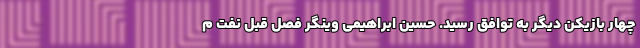
چهار بازیکن دیگر به توافق رسید. حسین ابراهیمی وینگر فصل قبل نفت م